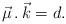
LaTeX: \begin{align*}{\vec \mu} \, . \, {\vec k} = d. \end{align*}